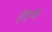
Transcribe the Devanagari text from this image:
हैंएक